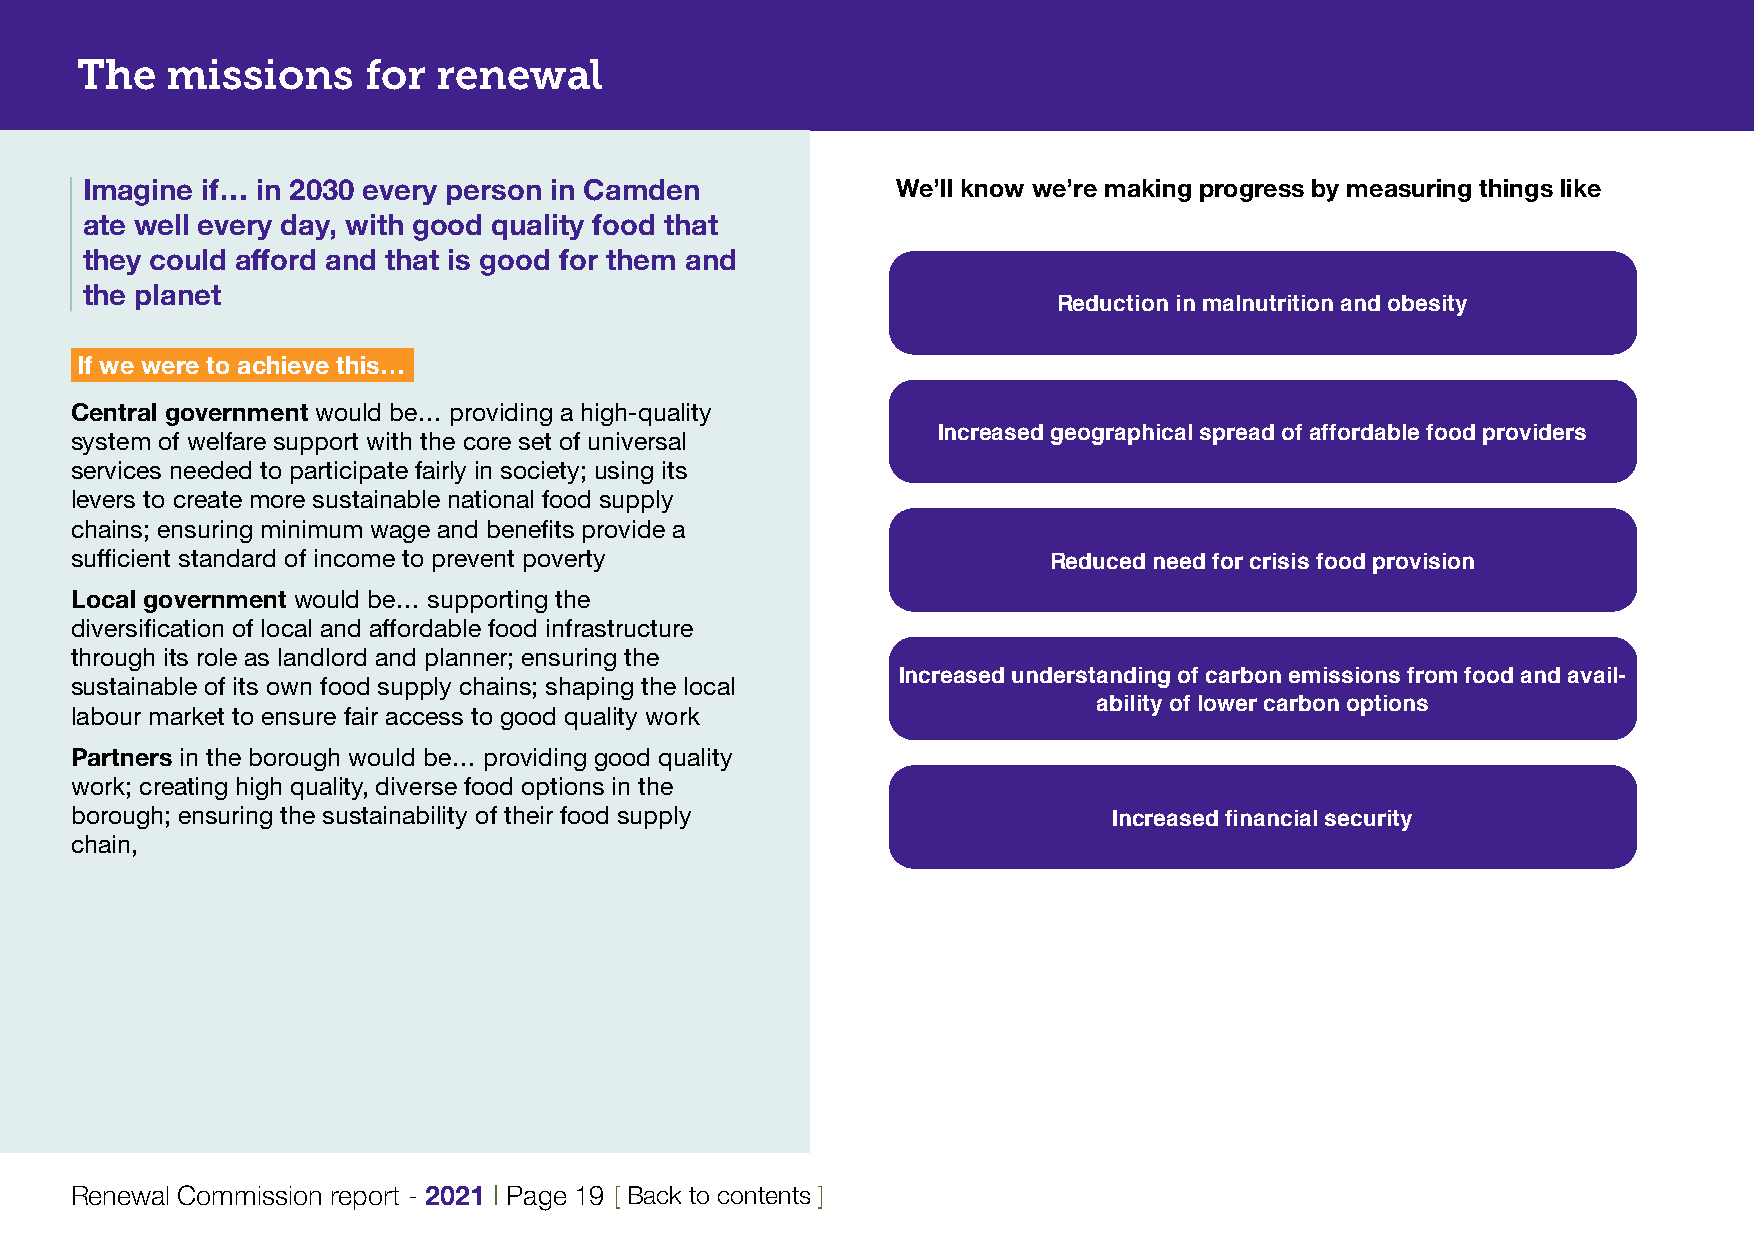
The   missions     for  renewal
 Imagine if… in 2030 every person in Camden            We’ll know we’re making progress by measuring things like
 ate well every day, with good quality food that
 they could afford and that is good for them and
 the planet
 Reduction in malnutrition and obesity
 If we were to achieve this…
 Central government would be… providing a high-quality
 system of welfare support with the core set of universal Increased geographical spread of affordable food providers
 services needed to participate fairly in society; using its
 levers to create more sustainable national food supply
 chains; ensuring minimum wage and benefits provide a
 sufficient standard of income to prevent poverty
 Reduced need for crisis food provision
 Local government would be… supporting the
 diversification of local and affordable food infrastructure
 through its role as landlord and planner; ensuring the
 sustainable of its own food supply chains; shaping the local Increased understanding of carbon emissions from food and avail-
 labour market to ensure fair access to good quality work            ability of lower carbon options
 Partners in the borough would be… providing good quality
 work; creating high quality, diverse food options in the
 borough; ensuring the sustainability of their food supply
 Increased financial security
 chain,
 Renewal Commission report - 2021 | Page 19 [ Back to contents ]